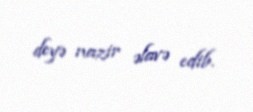
deyə nazir əlavə edib.